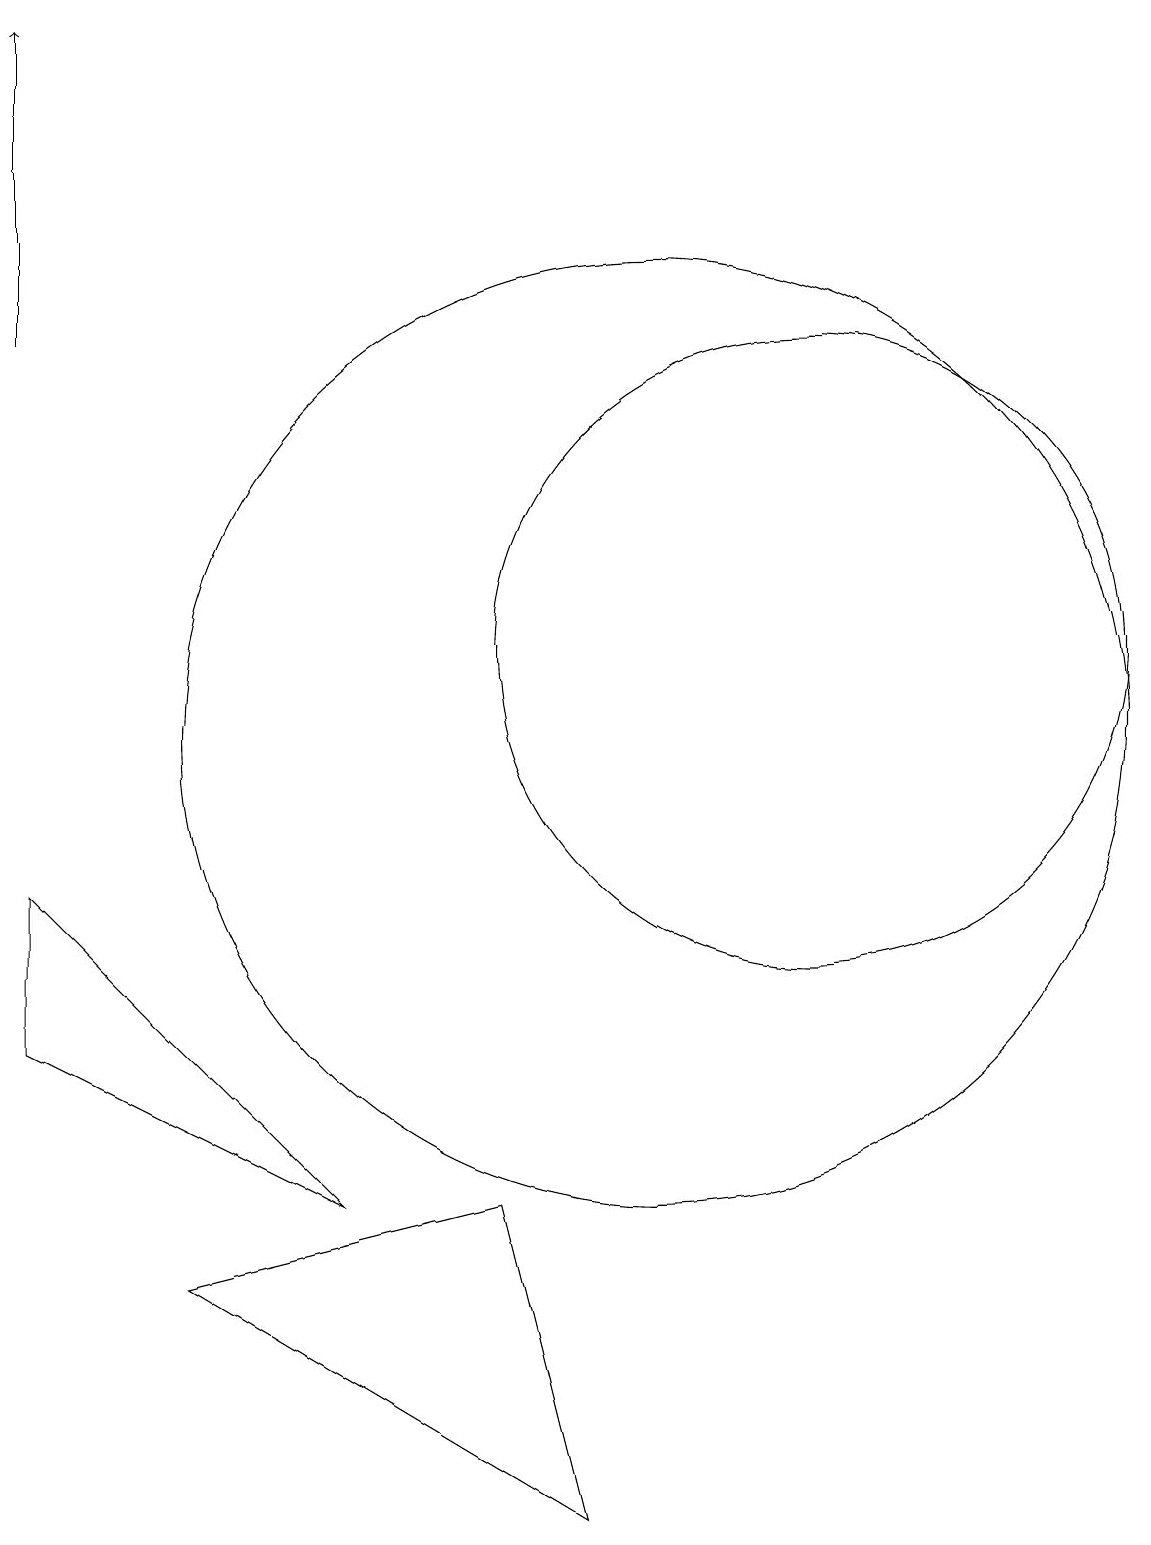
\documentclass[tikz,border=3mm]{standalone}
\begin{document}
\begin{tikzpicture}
\draw (12,11) circle (4);
\draw (2,8) -- (2,6) -- (6,4) -- cycle;
\draw[->] (2,15) -- (2,19);
\draw (4,3) -- (9,0) -- (8,4) -- cycle;
\draw (10,10) circle (6);
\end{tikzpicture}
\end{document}